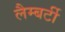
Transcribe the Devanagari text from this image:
लैम्बर्टी